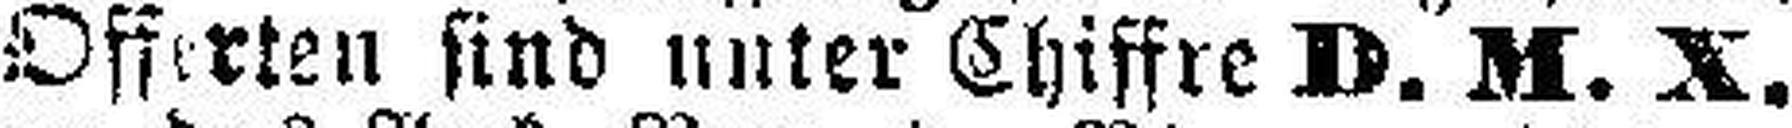
Offerten sind unter Chiffre D. M. X.